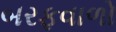
બરફવાળો